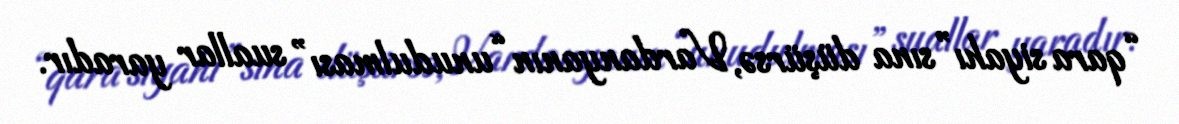
“qara siyahı”sına düşürsə, Vardanyanın “unudulması” suallar yaradır.